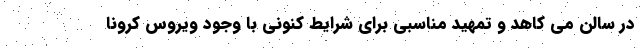
در سالن می کاهد و تمهید مناسبی برای شرایط کنونی با وجود ویروس کرونا